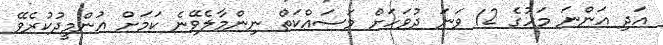
އަދި އަންނަ މަހުގެ 12 ވަނަ ދުވަހަށް މަސައްކަތް ނިންމާލެވޭނެ ކަމަށް އުންމީދުކުރެވޭ